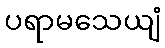
ပရာမသေယျံ